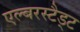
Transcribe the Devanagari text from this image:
एल्बरस्टैड्ट